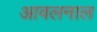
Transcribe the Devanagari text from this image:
आवलनाल